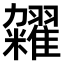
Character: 𫃙